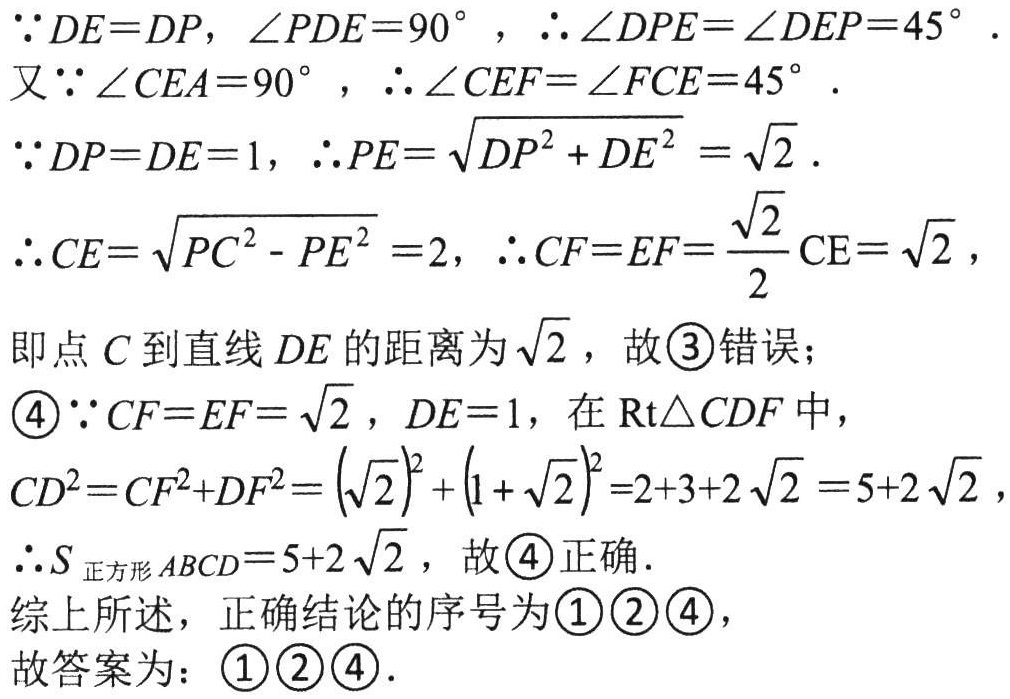
\(\because DE = DP,\angle PDE = 90^{\circ},\therefore\angle DPE=\angle DEP = 45^{\circ}.\)
又\(\because\angle CEA = 90^{\circ},\therefore\angle CEF=\angle FCE = 45^{\circ}.\)
\(\because DP = DE = 1,\therefore PE=\sqrt{DP^{2}+DE^{2}}=\sqrt{2}.\)
\(\therefore CE=\sqrt{PC^{2}-PE^{2}} = 2,\therefore CF = EF=\frac{\sqrt{2}}{2}CE=\sqrt{2},\)
即点\(C\)到直线\(DE\)的距离为\(\sqrt{2}\)，故\textcircled{3}错误；
\textcircled{4}\(\because CF = EF=\sqrt{2},DE = 1\)，在\(\text{Rt}\triangle CDF\)中，
\(CD^{2}=CF^{2}+DF^{2}=(\sqrt{2})^{2}+(1 + \sqrt{2})^{2}=2 + 3+2\sqrt{2}=5 + 2\sqrt{2},\)
\(\therefore S_{正方形ABCD}=5 + 2\sqrt{2}\)，故\textcircled{4}正确.
综上所述，正确结论的序号为\textcircled{1}\textcircled{2}\textcircled{4}，
故答案为：\textcircled{1}\textcircled{2}\textcircled{4}.